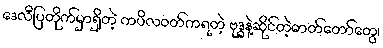
ဒေလီပြတိုက်မှာရှိတဲ့ ကပိလဝတ်ကရတဲ့ ဗုဒ္ဓနဲ့ဆိုင်တဲ့ဓာတ်တော်တွေ၊